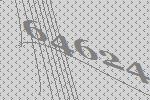
64624